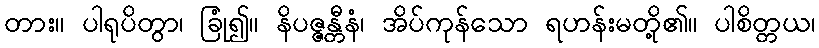
တား။ ပါရုပိတွာ၊ ခြုံ၍။ နိပဇ္ဇန္တီနံ၊ အိပ်ကုန်သော ရဟန်းမတို့၏။ ပါစိတ္တယ၊